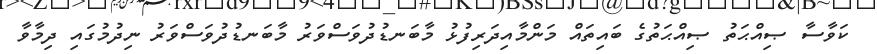
ކަވާސާ ޞިއްޙަތު ޞިއްޙަތުގެ ބައިތައް މަންމާއިދަރިފުޅު މާބަނޑުދުވަސްވަރު މާބަނޑުދުވަސްވަރު ނިދުމުގައި ދިމާވާ